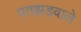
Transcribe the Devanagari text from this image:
पतझड़वाले